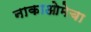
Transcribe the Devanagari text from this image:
नाकाओमेचा